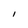
Character: I